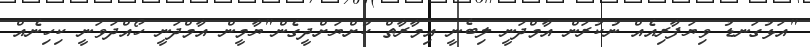
"އަޅުގަނޑު ވިޔަފާރިއެއް ނުކުރަން އާމްދަނީ ލިބެނީ އިމާރާތް ކުށްޔަށްދީގެން"ޔާމީން އާމްދަނީ ހޯއްދަވަނީ ކިހިނެއް